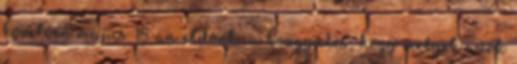
követően május 18-án eldönti a közgyűlés, hogy melyek azok